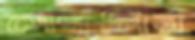
সেগুলির